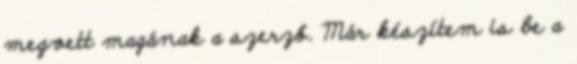
megvett magának a szerző. Már készítem is be a